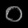
Digit: ၀